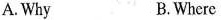
A. Why B.Where